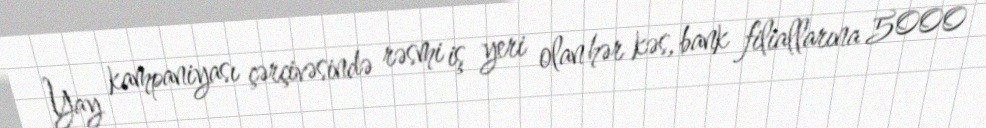
Yay kampaniyası çərçivəsində rəsmi iş yeri olan hər kəs, bank filiallarına 5000